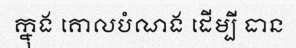
ក្នុង គោលបំណង ដើម្បី ធាន